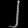
Digit: ၂